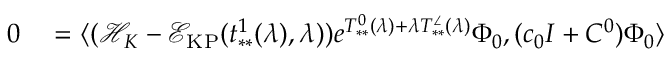
\begin{array} { r l } { 0 } & { { } = \langle ( \mathcal { H } _ { K } - \mathcal { E } _ { \mathrm { K P } } ( t _ { * * } ^ { 1 } ( \lambda ) , \lambda ) ) e ^ { T _ { * * } ^ { 0 } ( \lambda ) + \lambda T _ { * * } ^ { \angle } ( \lambda ) } \Phi _ { 0 } , ( c _ { 0 } I + C ^ { 0 } ) \Phi _ { 0 } \rangle } \end{array}